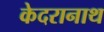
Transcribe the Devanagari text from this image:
केदरानाथ